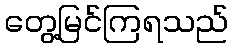
တွေ့မြင်ကြရသည်